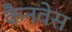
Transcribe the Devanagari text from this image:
कैनवेस